Reports on dispensaries and lunatic asylums in the Province of Oudh - 1869-1876
Year: 1869
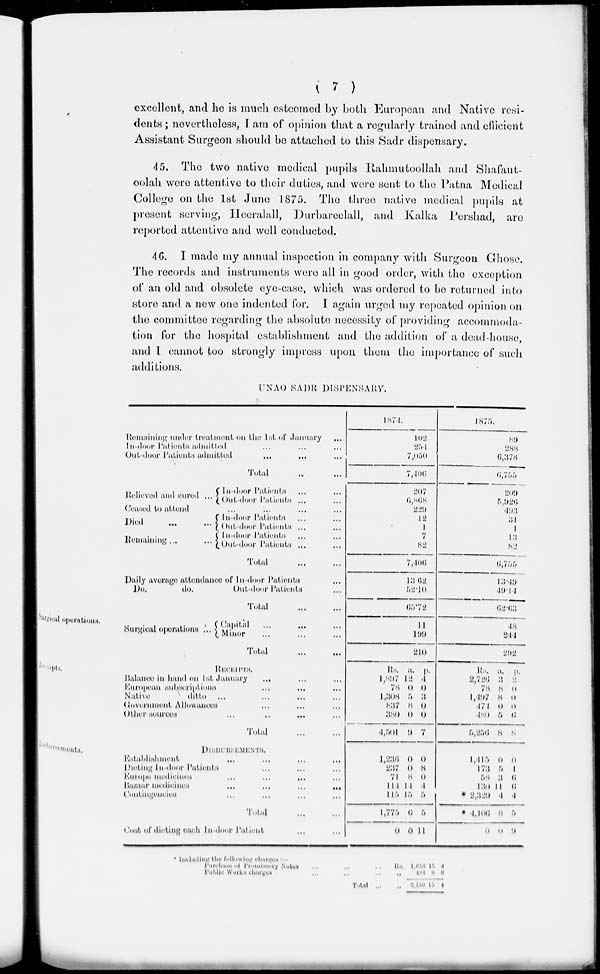
( 7 )
excellent, and he is much esteemed by both European and Native resi-
dents ; nevertheless, I am of opinion that a regularly trained and efficient
Assistant Surgeon should be attached to this Sadr dispensary.
45. The two native medical pupils Rahmutoollah and Shafaut-
oolah were attentive to their duties, and were sent to the Patna Medical
College on the 1st June 1875. The three native medical pupils at
present serving, Heeralall, Durbareelall, and Kalka Pershad, are
reported attentive and well conducted.
46. I made my annual inspection in company with Surgeon Chose.
The records and instruments were all in good order, with the exception
of an old and obsolete eye-case, which was ordered to be returned into
store and a new one indented for. I again urged my repeated opinion on
the committee regarding the absolute necessity of providing accommoda-
tion for the hospital establishment and the addition of a dead-house,
and I cannot too strongly impress upon them the importance of such
additions.
UNAO SADR DISPENSARY.
Remaining under treatment on the 1st of January ...
In-door Patients admitted ... ... ...
Out-door Patients admitted
...
...
...
Total ... ...
Relieved and cured ...
In-door Patients ... ...
Out-door Patients ... ...
Ceased to attend ... ... ... ...
Died
...
...
Remaining
...
In-door Patients ... ...
Out-door Patients ... ...
In-door Patients ... ...
Out-door Patients ... ...
Total ... ...
Daily average attendance of In-door Patients ...
Do.
do.
Out-door Patients ...
Total
...
...
1874.
102
254
7,050
7,406
207
6,868
229
12
1
7
82
7,406
13.62
52.10
65.72
1875.
89
288
6,378
6,755
209
5,926
493
31
1
13
82
6,755
13.49
49.14
62.63
Surgical operations.
Surgical operations ...
Capital ... ... ...
Minor ... ... ...
Total
...
...
11
199
210
48
244
292
Receipts.
RECEIPTS.
Balance in hand on 1st January ... ... ...
European subscriptions ... ... ...
Native
ditto ... ... ... ...
Government Allowances ... ... ...
Other sources ... ... ... ...
Total
...
...
Rs.
1,897
78
1,308
837
380
4,504
a.
12
0
5
8
0
9
p.
4
0
3
0
0
7
Rs.
2,726
78
1,497
471
480
5,256
a.
3
8
8
0
5
8
p.
2
0
0
0
6
8
Disbursements.
DISBERSEMENTS.
Establishment ... ... ... ...
Dieting In door Patients ... ... ...
Europe medicines ... ... ... ...
Bazaar medicines
...
...
...
...
Contingencies ... ... ... ...
Total
...
...
Cost of dieting each In door Patient ... ...
1,236
237
71
114
115
l,775
0
0
0
8
14
15
6
0
0
8
0
4
5
5
ll
1,415
173
58
130
* 2,329
* 4,406
0
0
5
3
11
4
8
0
0
1
6
6
4
5
9
Including the following charges:-
Purehase of Promissary Note ... .. ..
Public worker charges ... .. ..
Total ...
Rs.
„
„
1,656
494
2,150
15
0
15
4
0
4